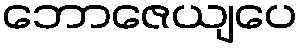
ဘောဇေယျပေ